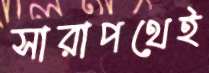
সারাপথেই